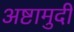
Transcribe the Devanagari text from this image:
अष्टामुदी